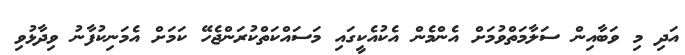
އަދި މި ވަބާއިން ސަލާމަތްވުމަށް އެންމެން އެކުއެކީގައި މަސައްކަތްކުރަންޖެހޭ ކަމަށް އެމަނިކުފާނު ވިދާޅުވި